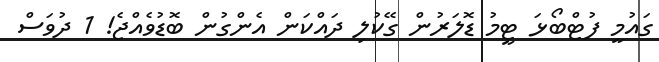
ގައުމީ ފުޓްބޯޅަ ޓީމު ޑޮލަރުން ގޭކުލި ދައްކަން އެންގުން ބޮޑުވެއްޖެ! 1 ދުވަސް